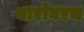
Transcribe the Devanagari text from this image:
बारोबरच